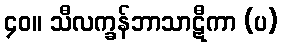
၄၀။ သီလက္ခန်ဘာသာဋီကာ (ပ)